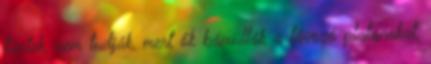
tűntek, nem tudják, mert ők bámulták a távozó platánokat,